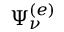
\Psi _ { \nu } ^ { ( e ) }